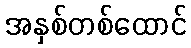
အနှစ်တစ်ထောင်